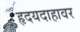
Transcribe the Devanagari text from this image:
हृदयदाहावर